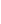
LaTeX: \! \! \! \! \! \! \! \! \! \! \! \mathbf{x}\! \! \! \! \! \! \! \! \! \! \! \! _{\! }\! \! \! \! \! \! \! \! \! \! \! 0\! \! \! \! \! \! \! \! \! \! \! \! \in\! \! \! \! \! \! \! \! \! \! \! \! \! \! \! \! \! \! \! \! \! \! \! \! \Sigma\! \! \! \! \! \! \! \! \! \! \! \! ^{\! }\! \! \! \! \! \! \! \! \! \! \! +\! \! \! \! \! \! \! \! \! \! \!